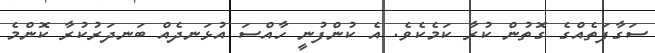
ސަގާފަތެއްގެ ގޮތުން ކުރާ ކަމެކެވެ. އެ ކުންފުނީ ހާއްސަ އުޅަނދެއް ބަނދަރުކުރާ ކޮންމެ